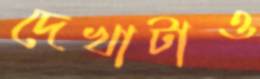
দেখাটাও